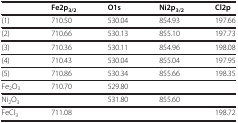
<table><thead><tr><td><b> </b></td><td><b>Fe2p<sub>3/2</sub></b></td><td><b>O1s</b></td><td><b>Ni2p<sub>3/2</sub></b></td><td><b>Cl2p</b></td></tr></thead><tbody><tr><td>(1)</td><td>710.50</td><td>530.04</td><td>854.93</td><td>197.66</td></tr><tr><td>(2)</td><td>710.66</td><td>530.13</td><td>855.10</td><td>197.73</td></tr><tr><td>(3)</td><td>710.36</td><td>530.11</td><td>854.96</td><td>198.08</td></tr><tr><td>(4)</td><td>710.43</td><td>530.04</td><td>855.04</td><td>197.95</td></tr><tr><td>(5)</td><td>710.86</td><td>530.34</td><td>855.66</td><td>198.35</td></tr><tr><td>Fe<sub>2</sub>O<sub>3</sub></td><td>710.70</td><td>529.80</td><td> </td><td> </td></tr><tr><td>Ni<sub>2</sub>O<sub>3</sub></td><td> </td><td>531.80</td><td>855.60</td><td> </td></tr><tr><td>FeCl<sub>3</sub></td><td>711.08</td><td> </td><td> </td><td>198.72</td></tr></tbody></table>